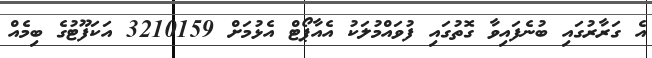
އެ ގަރާރުގައި ބުނެފައިވާ ގޮތުގައި ފުވައްމުލަކު އެއާޕޯޓް އެޅުމަށް 3210159 އަކަފޫޓުގެ ބިމެއް